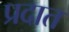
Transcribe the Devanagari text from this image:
प्रदात